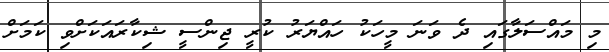
މި މައްސަލާގައި ދެ ވަނަ މީހަކު ހައްޔަރު ކުރީ ޖިންސީ ޝިކާރައަކަށްވި ކަމަށް